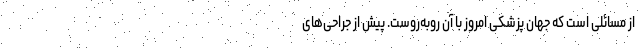
از مسائلی است که جهان پزشکی امروز با آن روبه‌روست. پیش از جراحی‌های